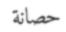
حصانة